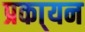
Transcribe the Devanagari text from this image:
प्रका्यन